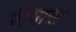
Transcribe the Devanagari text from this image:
रीगास